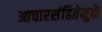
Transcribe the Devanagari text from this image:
आचारसंहितेमुळे